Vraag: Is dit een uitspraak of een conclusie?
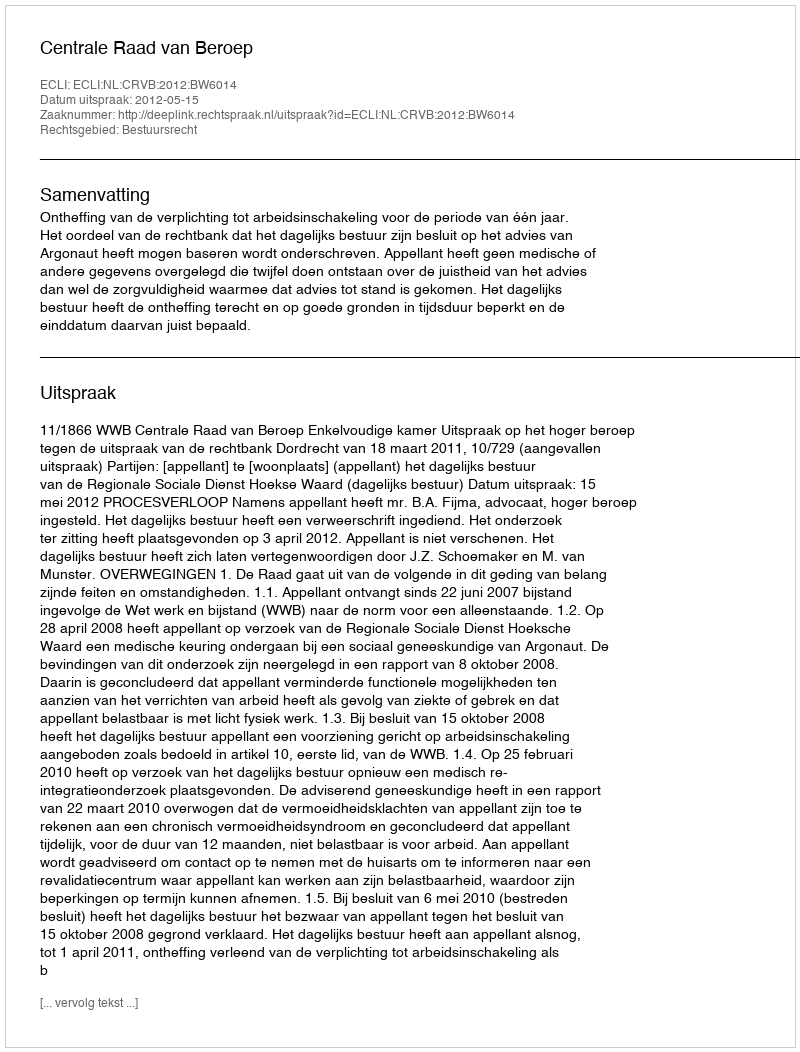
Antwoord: Uitspraak